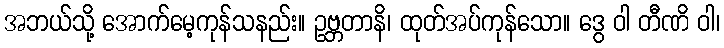
အဘယ်သို့ အောက်မေ့ကုန်သနည်း။ ဥဗ္ဘတာနိ၊ ထုတ်အပ်ကုန်သော။ ဒွေ ဝါ တီဏိ ဝါ၊